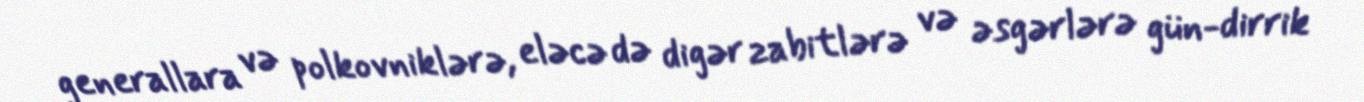
generallara və polkovniklərə, eləcə də digər zabitlərə və əsgərlərə gün-dirrik